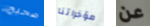
صحيح مؤخراتنا عن